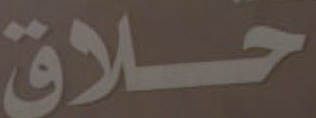
حلاق